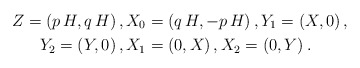
\begin{align*} Z = \left(p \,H, q\, H\right), X_0 &= \left(q \,H, -p\, H\right), Y_1 = \left( X, 0\right), \\ Y_2 = \left( Y,0\right), X_1 &= \left( 0, X\right), X_2 = \left( 0, Y\right).\end{align*}